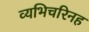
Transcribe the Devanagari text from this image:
व्यभिचरिनह